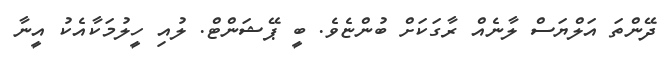
ދޭންތަ އަލްޔަސް ލާނެއް ރާގަކަށް ބުންޏެވެ. ބީ ޕޭޝަންޓް. ލުއި ހީލުމަކާއެކު އީނާ